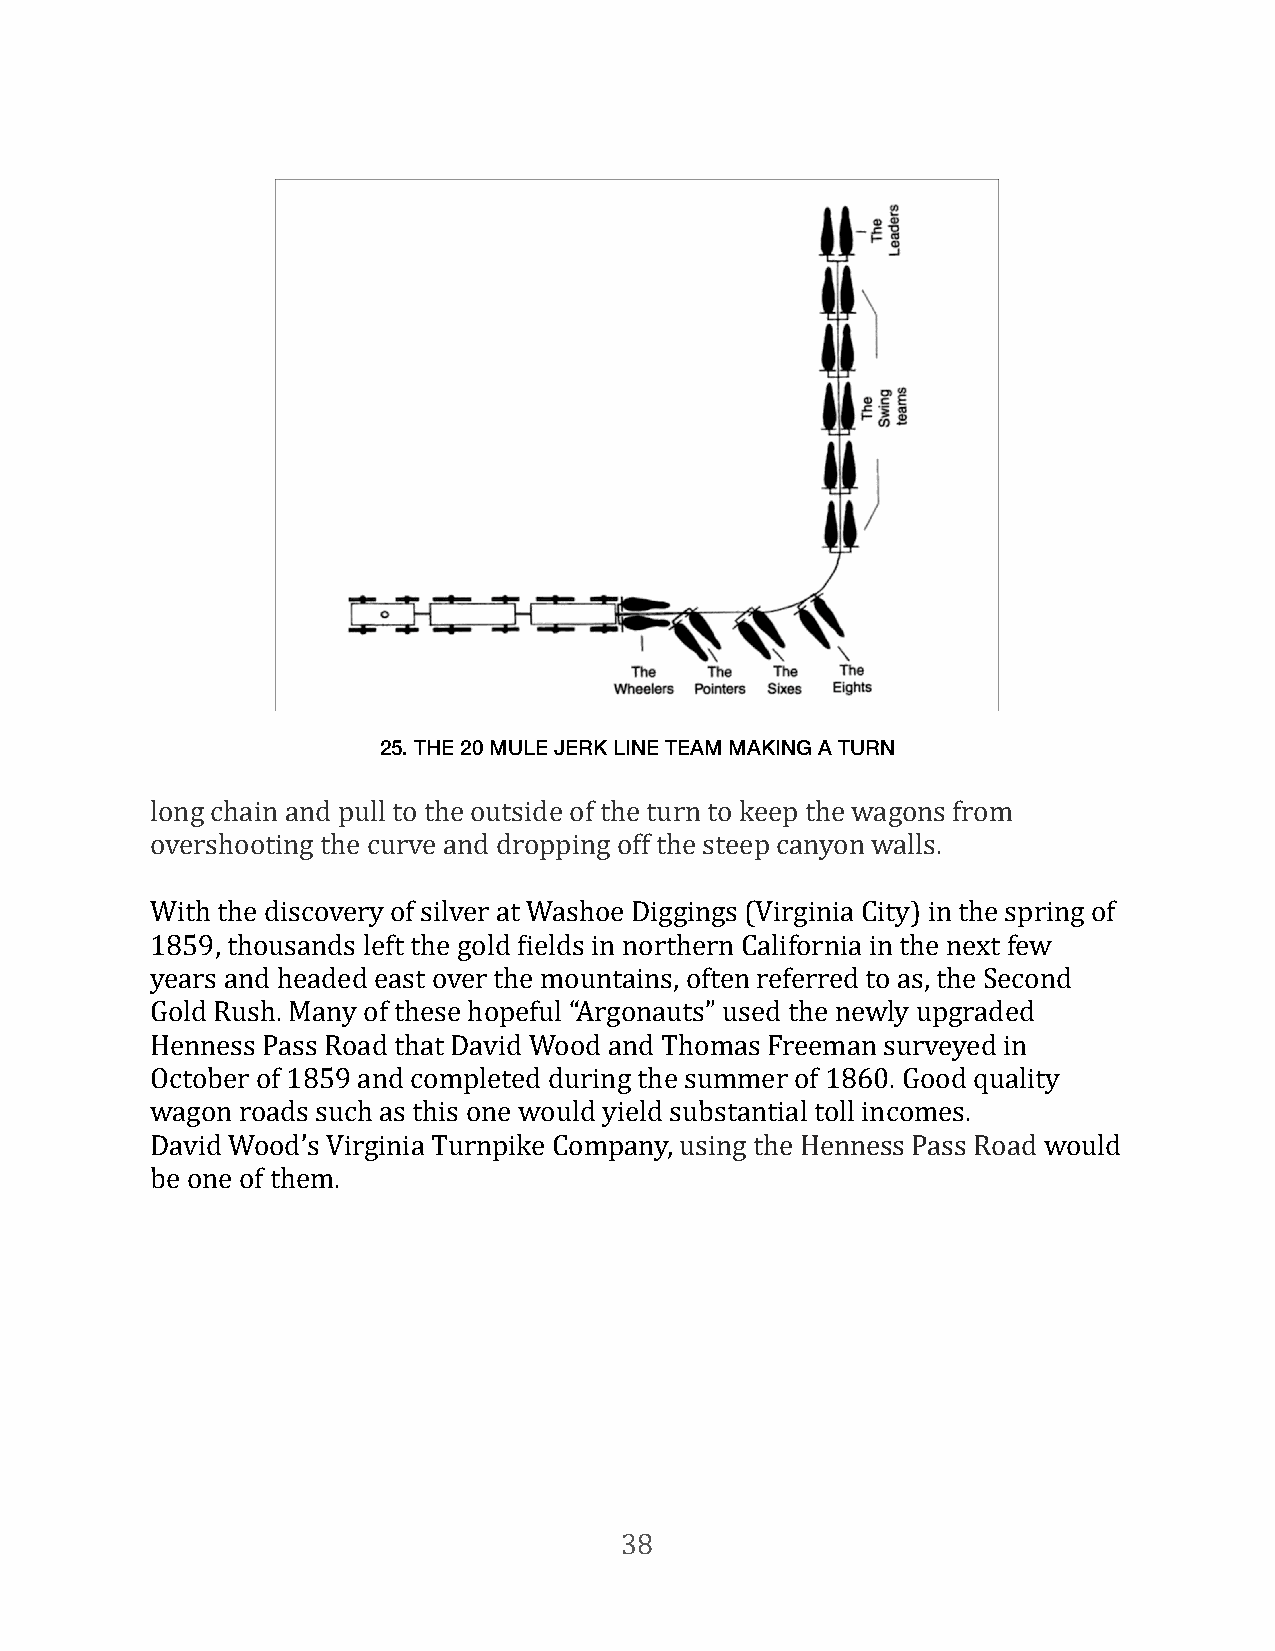
25. THE 20 MULE JERK LINE TEAM MAKING A TURN
 long chain and pull to the outside of the turn to keep the wagons from
 overshooting the curve and dropping off the steep canyon walls.
 With the discovery of silver at Washoe Diggings (Virginia City) in the spring of
 1859, thousands left the gold Fields in northern California in the next few
 years and headed east over the mountains, often referred to as, the Second
 Gold Rush. Many of these hopeful “Argonauts” used the newly upgraded
 Henness Pass Road that David Wood and Thomas Freeman surveyed in
 October of 1859 and completed during the summer of 1860. Good quality
 wagon roads such as this one would yield substantial toll incomes.
 David Wood’s Virginia Turnpike Company, using the Henness Pass Road would
 be one of them.
 38